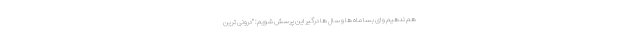
هم ندهیم و ای بسا ماه ها و سال ها درگیر این پرسش شویم: "درونی ترین